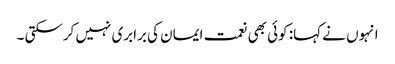
انہوں نے کہا: کوئی بھی نعمت ایمان کی برابری نہیں کرسکتی ۔